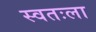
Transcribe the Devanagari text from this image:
स्‍वतःला